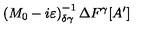
\left( M _ { 0 } - i \varepsilon \right) _ { \delta \gamma } ^ { - 1 } \Delta F ^ { \gamma } [ A ^ { \prime } ]